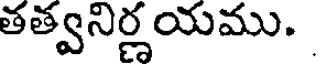
తత్వనిర్ణయము.